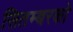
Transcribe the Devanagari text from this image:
सितम्बरको